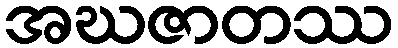
အဃဇာတဿ